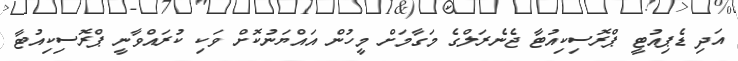
އަދި ޑެޕިއުޓީ ޕްރޮސިކިއުޓާ ޖެނެރަލްގެ މަގާމަށް މީހުން އައްޔަނުކޮށް ވަކި ކުރައްވާނީ ޕްރޮސިކިއުޓާ